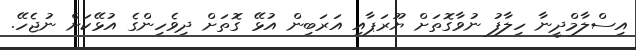
އިސްލާމްދީނާ ހިލާފު ނުވާގޮތަށް ޔޫރަޕާއި އަރަބިން އުޅޭ ގޮތަށް ދިވެހިންގެ އުޅޭކަށް ނުޖެހޭ.